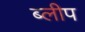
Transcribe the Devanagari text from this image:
ब्लीप